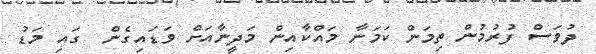
ދުވަސް ފުރުމުން ތިމަން ކަމަނާ މައްކާއިން މަދީނާއަށް ވަޑައިގެން  ގައި މަޑު